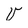
Character: V